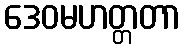
ဒေဝမဟတ္တတာ